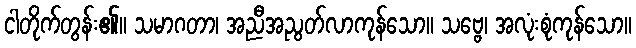
ငါတိုက်တွန်း၏။ သမာဂတာ၊ အညီအညွတ်လာကုန်သော။ သဗ္ဗေ၊ အလုံးစုံကုန်သော။